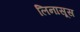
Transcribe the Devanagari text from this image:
लिनासूस